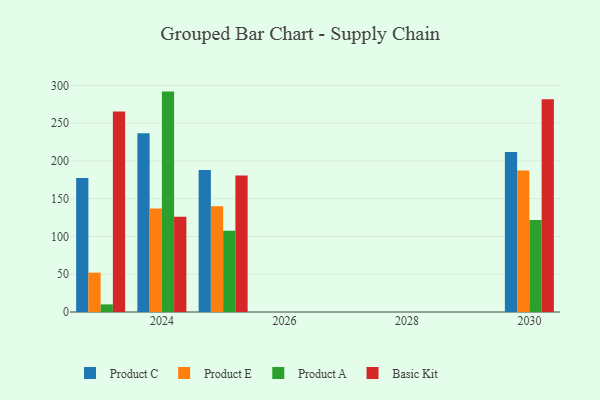
{"axis": {"x": "Year", "y": "Energy Usage (MWh)"}, "legend": ["Basic Kit", "Product A", "Product C", "Product E"], "data": [{"x": "2030", "y": 211.8, "type": "Product C"}, {"x": "2030", "y": 187.4, "type": "Product E"}, {"x": "2030", "y": 121.7, "type": "Product A"}, {"x": "2030", "y": 281.6, "type": "Basic Kit"}, {"x": "2024", "y": 236.5, "type": "Product C"}, {"x": "2024", "y": 137.0, "type": "Product E"}, {"x": "2024", "y": 291.7, "type": "Product A"}, {"x": "2024", "y": 125.9, "type": "Basic Kit"}, {"x": "2023", "y": 177.3, "type": "Product C"}, {"x": "2023", "y": 52.1, "type": "Product E"}, {"x": "2023", "y": 10.1, "type": "Product A"}, {"x": "2023", "y": 265.4, "type": "Basic Kit"}, {"x": "2025", "y": 188.1, "type": "Product C"}, {"x": "2025", "y": 139.9, "type": "Product E"}, {"x": "2025", "y": 107.7, "type": "Product A"}, {"x": "2025", "y": 180.6, "type": "Basic Kit"}]}